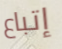
إتباع